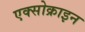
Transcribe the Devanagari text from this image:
एक्सोक्राइन